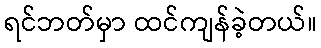
ရင်ဘတ်မှာ ထင်ကျန်ခဲ့တယ်။